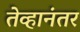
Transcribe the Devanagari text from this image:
तेव्हानंतर